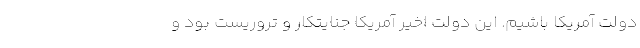
دولت‌ آمریکا باشیم. این دولت اخیر آمریکا جنایتکار و تروریست بود و